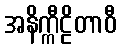
အနိက္ကီဠိတာဝီ